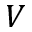
V